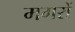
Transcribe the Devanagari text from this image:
मगरों